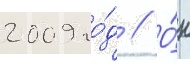
2009 го́д // О́н